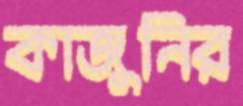
কাজুনির